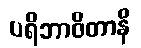
ပရိဘာဝိတာနိ